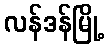
လန်ဒန်မြို့